Annual report of the Punjab Veterinary College and of the Civil Veterinary Department, Punjab - 1926-1932
Year: 1926
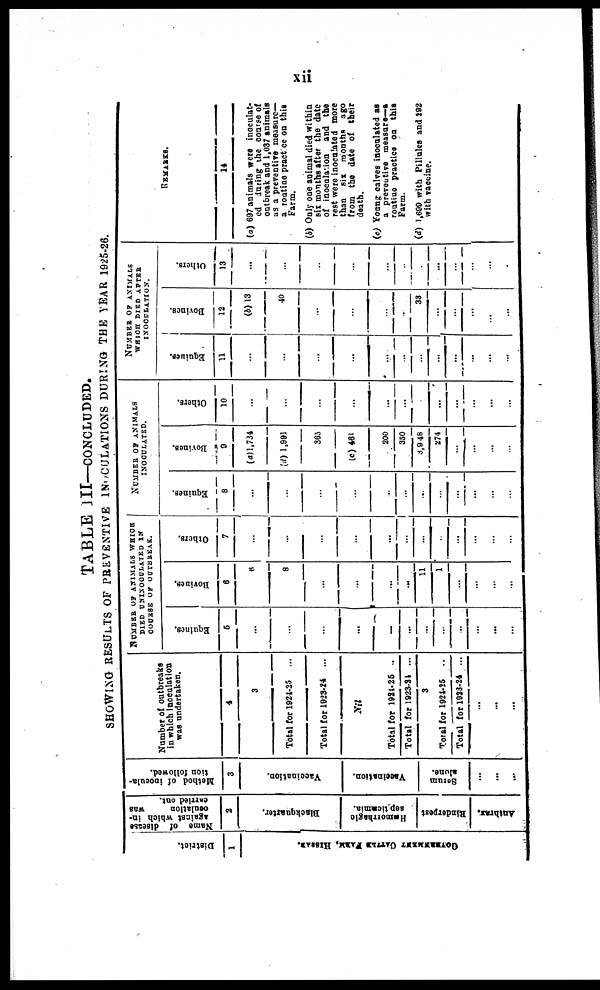
xii
TABLE III—CONCLUDED.
SHOWING RESULTS OF PREVENTIVE INOCULATION DURING THE YEAR 1925-26.
District.
1
GOVERNMENT CATILSFARM HISSAR.
Name of disease
against which in-
oculation
was
carried out.
2
Blackquarter.
Hæmorrhagic
septicæmia.
Rinderpest
Anthrax.
Method of inocula-
tion followed.
3
Vaccination.
Vaccination.
Serum
alone.
...
...
. . .
Number of outbreaks
in which inoculation
was undertaken.
4
3
Total for 1921-25 ...
Total for 1923-24 ...
Nil
Total for 1921-26 ..
Total for 1923-21 ...
3
Total for 1924-25 ..
Total for 1923-24 ...
...
...
...
NUMBER OF ANIMALS
DIED UNINOCULATED IN
COURSE OF OUTBREAK.
Equines.
5
...
...
...
...
...
...
...
...
...
...
...
Bovines.
6
6
8
...
...
...
...
11
1
...
...
...
...
Others.
7
...
...
...
...
...
...
...
...
...
...
...
...
NUMBER OF ANIMALS
INOCULATED.
Equinee.
8
...
...
...
...
...
...
...
...
...
...
...
...
Bovines.
9
(a)1,734
(d) 1,991
365
(c) 461
200
350
3,9 48
274
...
...
...
...
Others.
10
...
...
...
...
...
...
...
...
...
...
...
...
NUMBER OF ANIMALS
WHICH DIED AFTER
INOCULATION.
Equines.
11
...
...
...
...
...
...
...
...
...
...
...
...
Bovines.
12
(b) 13
...
...
...
...
...
33
...
...
...
...
...
Others.
13
...
...
...
...
...
...
...
...
...
...
...
...
REMARKS.
14
(a) 697 animals were inoculat-
ed during the course of
as a preventive measure—
a routine practice on this
Farm.
(b) Only one animal died within
six months after the date
of inoculation and the
rest were inoculated more
than sis months ago
from the date of their
death.
(c) Young calves inoculated as
a preventive measure—a
Farm.
(d) 1,699 with Pillules and i92
with vaccine.